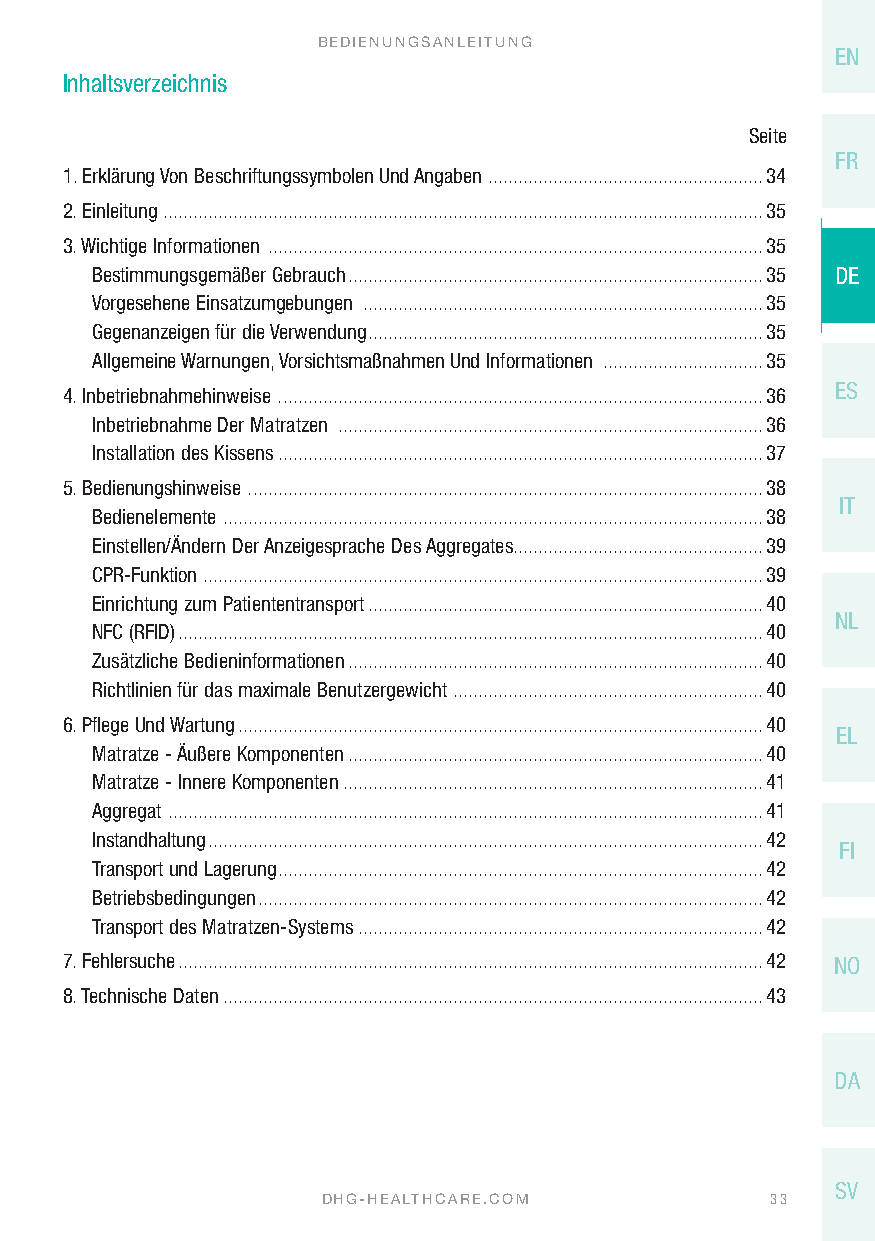
BEDIENUNGSANLEITUNG
 EN
 Inhaltsverzeichnis
 Seite
 FR
 1. Erklärung Von Beschriftungssymbolen Und Angaben .......................................................34
 2. Einleitung ........................................................................................................................35
 3. Wichtige Informationen ...................................................................................................35
 Bestimmungsgemäßer Gebrauch ...................................................................................35 DE
 Vorgesehene Einsatzumgebungen ................................................................................35
 Gegenanzeigen für die Verwendung ...............................................................................35
 Allgemeine Warnungen, Vorsichtsmaßnahmen Und Informationen ................................35
 4. Inbetriebnahmehinweise . ................................................................................................36 ES
 Inbetriebnahme Der Matratzen .....................................................................................36
 Installation des Kissens .................................................................................................37
 5. Bedienungshinweise . ......................................................................................................38
 IT
 Bedienelemente ............................................................................................................38
 Einstellen/Ändern Der Anzeigesprache Des Aggregates..................................................39
 CPR-Funktion . ...............................................................................................................39
 Einrichtung zum Patiententransport ...............................................................................40
 NL
 NFC (RFID) .....................................................................................................................40
 Zusätzliche Bedieninformationen ...................................................................................40
 Richtlinien für das maximale Benutzergewicht ..............................................................40
 6. Pflege Und Wartung .........................................................................................................40
 EL
 Matratze - Äußere Komponenten ...................................................................................40
 Matratze - Innere Komponenten ....................................................................................41
 Aggregat .......................................................................................................................41
 Instandhaltung ...............................................................................................................42
 FI
 Transport und Lagerung .................................................................................................42
 Betriebsbedingungen .....................................................................................................42
 Transport des Matratzen-Systems .................................................................................42
 7. Fehlersuche .....................................................................................................................42 NO
 8. Technische Daten ............................................................................................................43
 DA
 SV
 DHG-HEALTHCARE.COM            33